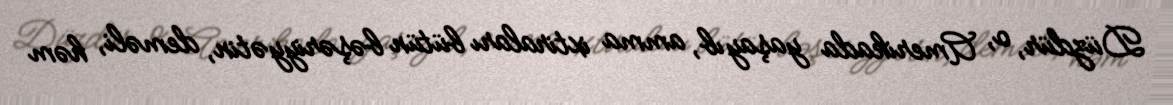
Düzdür, o, Amerikada yaşayıb, amma ixtiraları bütün bəşəriyyətin, deməli, həm